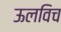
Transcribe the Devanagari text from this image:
ऊलविच